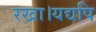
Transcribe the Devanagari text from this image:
रखा।यद्यपि